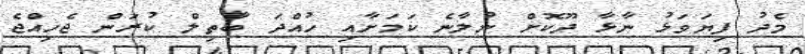
މެދު ފިޔަވަޅު ނާޅާ ދޫކޮށް ނުލާނެ ކަމަށާއި ހުއްދަ ބާތިލް ކުރަން ޖެހިއްޖެ